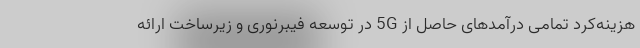
هزینه‌کرد تمامی درآمدهای حاصل از 5G در توسعه فیبرنوری و زیرساخت ارائه